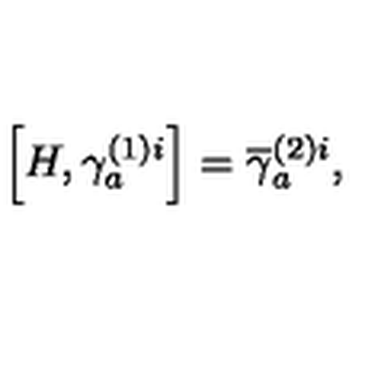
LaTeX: \left[ H , \gamma _ { a } ^ { ( 1 ) i } \right] = \overline { { \gamma } } _ { a } ^ { ( 2 ) i } ,